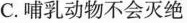
C. 哺乳动物不会灭绝